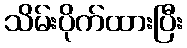
သိမ်းပိုက်ထားပြီး